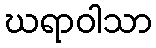
ဃရာဝါသာ